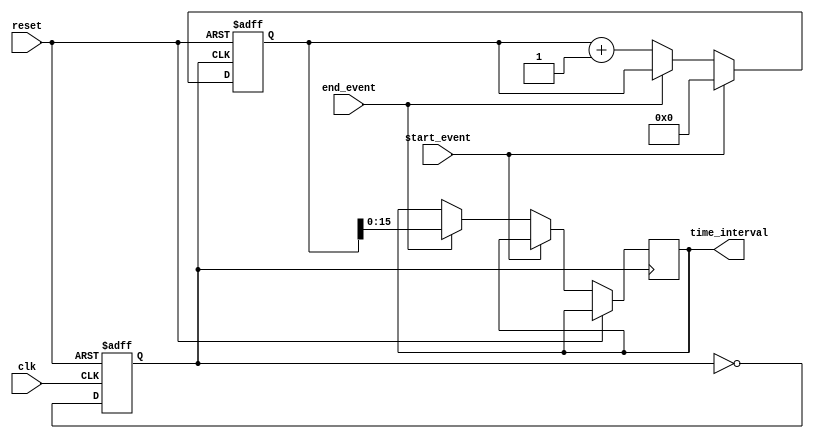
module TDC (
    input wire clk,                // System Clock
    input wire reset,              // Asynchronous Reset
    input wire start_event,        // Start Event Signal
    input wire end_event,          // End Event Signal
    output reg [15:0] time_interval // Output Time Interval (16 bits)
);

    // PLL Parameters
    parameter VCO_FREQ = 100000000; // VCO Frequency (100 MHz)
    parameter COUNTER_WIDTH = 32;    // Counter Width

    // PLL Components
    reg [COUNTER_WIDTH-1:0] counter; // Digital Counter
    reg vco_clk;                      // VCO Output Clock

    // Phase Detector - Simplified
    reg last_event;
    always @(posedge clk or posedge reset) begin
        if (reset) begin
            last_event <= 0;
        end else begin
            last_event <= start_event;
        end
    end

    // VCO - Generates a clock signal based on the PLL
    always @(posedge clk or posedge reset) begin
        if (reset) begin
            vco_clk <= 0;
        end else begin
            // Generate a clock signal with a frequency defined by VCO_FREQ
            vco_clk <= ~vco_clk; // Toggle for simplicity
        end
    end

    // Counter Logic
    always @(posedge vco_clk or posedge reset) begin
        if (reset) begin
            counter <= 0;
        end else if (start_event) begin
            counter <= 0; // Reset counter on start event
        end else if (end_event) begin
            time_interval <= counter; // Capture the count on end event
        end else begin
            counter <= counter + 1; // Increment counter
        end
    end

endmodule